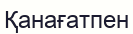
Қанағатпен